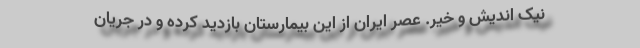
نیک اندیش و خیّر. عصر ایران از این بیمارستان بازدید کرده و در جریان